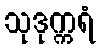
သုဒုက္ကရံ